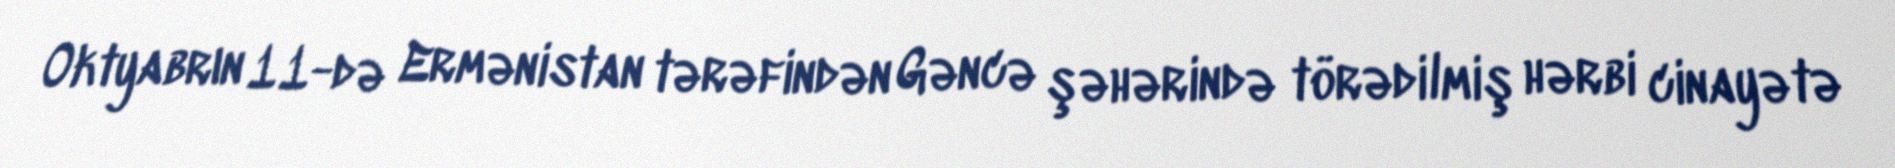
Oktyabrın 11-də Ermənistan tərəfindən Gəncə şəhərində törədilmiş hərbi cinayətə